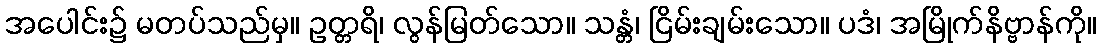
အပေါင်း၌ မတပ်သည်မှ။ ဥတ္တရိ၊ လွန်မြတ်သော။ သန္တံ၊ ငြိမ်းချမ်းသော။ ပဒံ၊ အမြိုက်နိဗ္ဗာန်ကို။